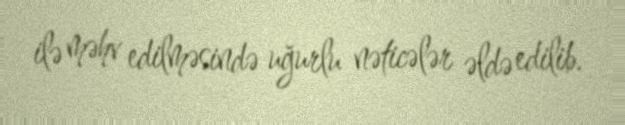
ilə məhv edilməsində uğurlu nəticələr əldə edilib.